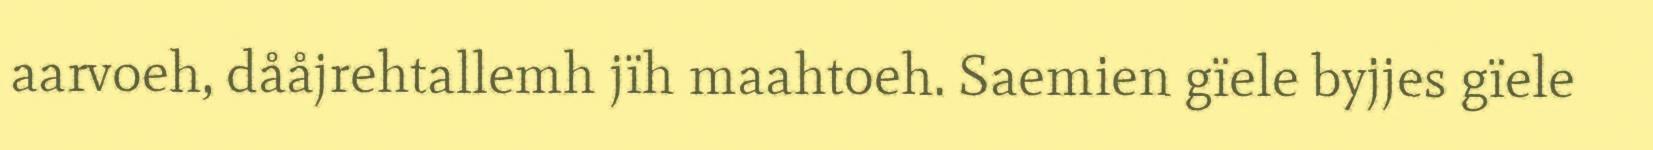
aarvoeh, dååjrehtallemh jïh maahtoeh. Saemien gïele byjjes gïele